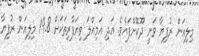
މިލިއަން ރުފިޔާ ވަނީ ދޫކޮށްފައެވެ. އަދި އަމިއްލަ ވިޔަފާރިތަކަށް 19.8 މިލިއަން ރުފިޔާ